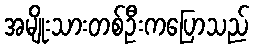
အမျိုးသားတစ်ဦးကပြောသည်